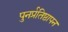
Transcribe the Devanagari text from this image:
पुनर्प्रतिष्ठापन